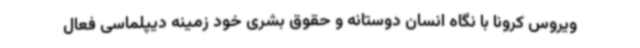
ویروس کرونا با نگاه انسان دوستانه و حقوق بشری خود زمینه دیپلماسی فعال